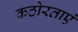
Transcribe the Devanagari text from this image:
कठोरताएं